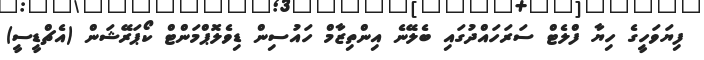
ފިޔަވަހީގެ ހިޔާ ފްލެޓް ސަރަހައްދުގައި ބެލޭނެ އިންތިޒާމް ހައުސިން ޑިވެލޮޕްމަންޓް ކޯޕަރޭޝަން (އެޗްޑީސީ)